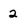
Character: 2